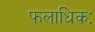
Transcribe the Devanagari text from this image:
फलाधिकः